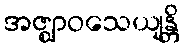
အဇ္ဈာဝသေယျန္တိ